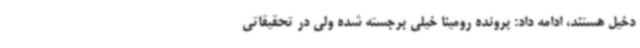
دخیل هستند، ادامه داد: پرونده رومینا خیلی برجسته شده ولی در تحقیقاتی